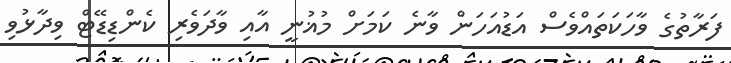
ފަރާތުގެ ވާހަކަތައްވެސް އަޑުއަހަން ވާނެ ކަމަށް މުޣުނީ އާއި ވާދަވެރި ކެންޑިޑޭޓް ވިދާޅުވި